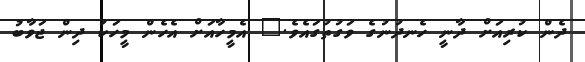
ދެން ކުރިއަށް ދާނީ ހެނދުނުގެ ވަގުތުގައެވެ." އެމީހާއަށް އެހެން މީހަކު ދިން ޖަވާބު